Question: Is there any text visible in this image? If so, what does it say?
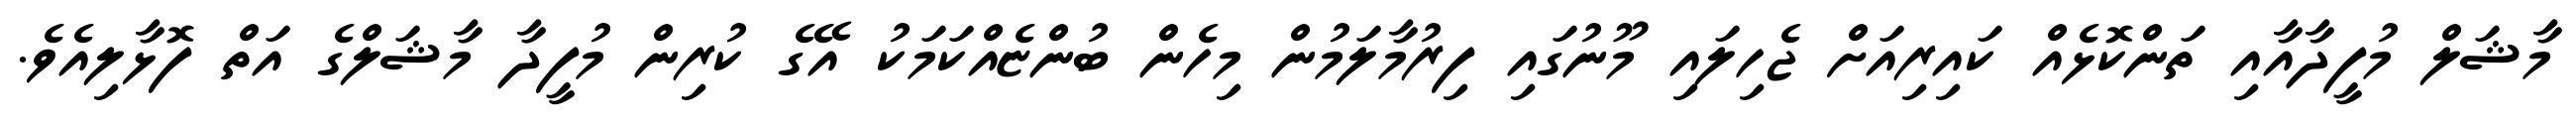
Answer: މާޝަލް މުފީދާއާއި ތަންކޮޅެއް ކައިރިއަށް ޖެހިލައި މޫނުގައި ފިރުމާލަމުން މިހެން ބުންޏެއްކަމަކު އޭގެ ކުރިން މުފީދާ މާޝަލްގެ އަތް ފޮޅާލިއެވެ.